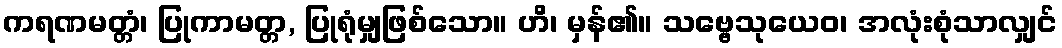
ကရဏမတ္တံ၊ ပြုကာမတ္တ, ပြုရုံမျှဖြစ်သော။ ဟိ၊ မှန်၏။ သဗ္ဗေသုယေဝ၊ အလုံးစုံသာလျှင်